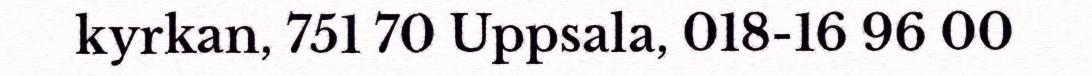
kyrkan, 751 70 Uppsala, 018-16 96 00